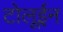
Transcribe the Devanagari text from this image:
टोलूईन